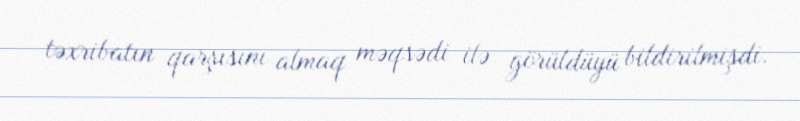
təxribatın qarşısını almaq məqsədi ilə görüldüyü bildirilmişdi.